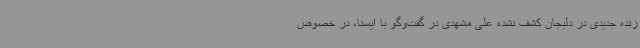
زنده جدیدی در دلیجان کشف نشده علی مشهدی در گفت‌وگو با ایسنا، در خصوص